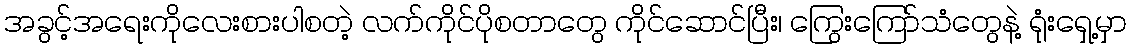
အခွင့်အရေးကိုလေးစားပါစတဲ့ လက်ကိုင်ပိုစတာတွေ ကိုင်ဆောင်ပြီး၊ ကြွေးကြော်သံတွေနဲ့ ရုံးရှေ့မှာ